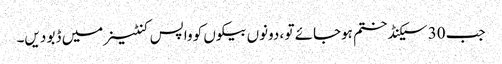
جب 30 سیکنڈ ختم ہوجائے تو ، دونوں بیکوں کو واپس کنٹینر میں ڈبو دیں۔